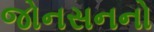
જોનસનનો